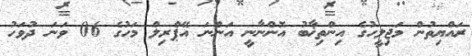
ރައްޔިތުން މަޖިލީހުގެ އިންތިޚާބު އޮންނާނީ އަންނަ އޭޕްރިލް މަހުގެ 06 ވަނަ ދުވަހު